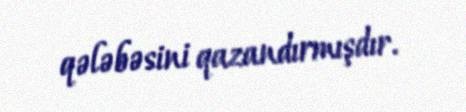
qələbəsini qazandırmışdır.